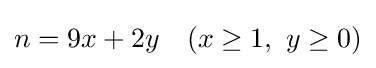
n=9x+2y\quad (x\geq 1,\ y\geq 0)